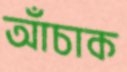
আঁচাক